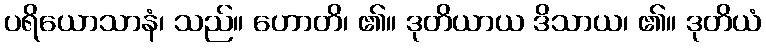
ပရိယောသာနံ၊ သည်။ ဟောတိ၊ ၏။ ဒုတိယာယ ဒိသာယ၊ ၏။ ဒုတိယံ